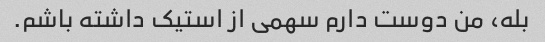
بله، من دوست دارم سهمی از استیک داشته باشم.